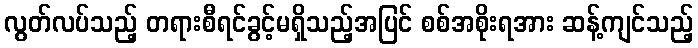
လွတ်လပ်သည့် တရားစီရင်ခွင့်မရှိသည့်အပြင် စစ်အစိုးရအား ဆန့်ကျင်သည့်